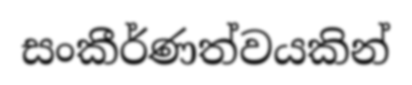
සංකීර්ණත්වයකින්